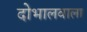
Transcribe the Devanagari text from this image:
दोभालवाला